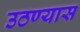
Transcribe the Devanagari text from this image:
उठण्यास